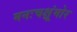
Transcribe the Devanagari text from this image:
मनःचक्षूंमोर